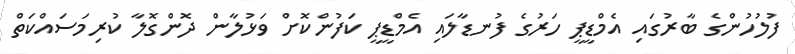
ފުލުހުންގެ ބާރުގައި އެމްޑީޕީ ހަރުގެ ފުނޑާލައި އެމްޑީޕީ ކަފުންކޮށް ވަޅުލާން ދޮންގޮލާ ކުރިމަސައްކަތް